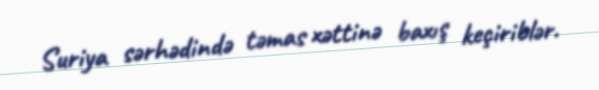
Suriya sərhədində təmas xəttinə baxış keçiriblər.